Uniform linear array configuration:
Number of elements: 12
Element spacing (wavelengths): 0.75
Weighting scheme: cosine
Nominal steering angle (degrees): -45
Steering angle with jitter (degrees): -43.519
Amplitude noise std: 0.05
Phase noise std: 0.05

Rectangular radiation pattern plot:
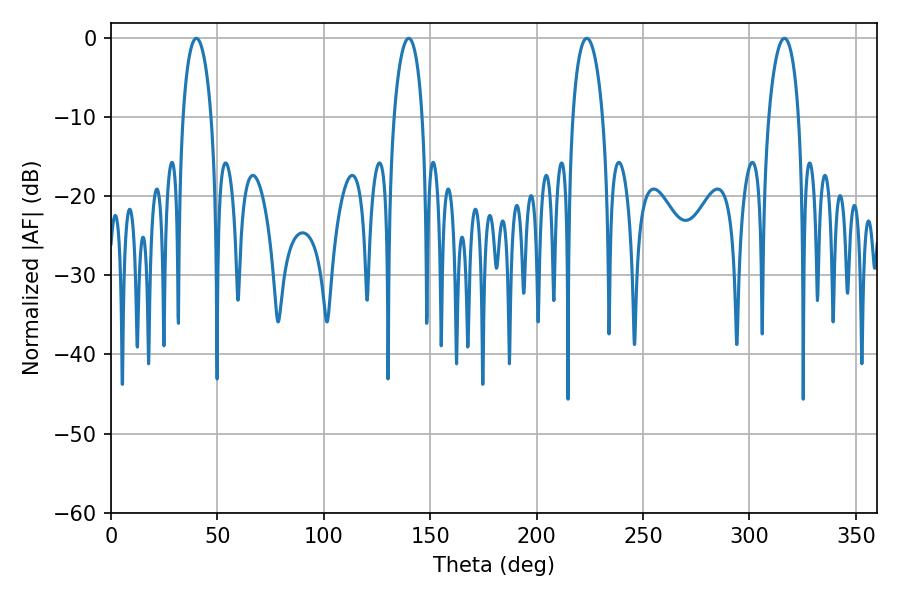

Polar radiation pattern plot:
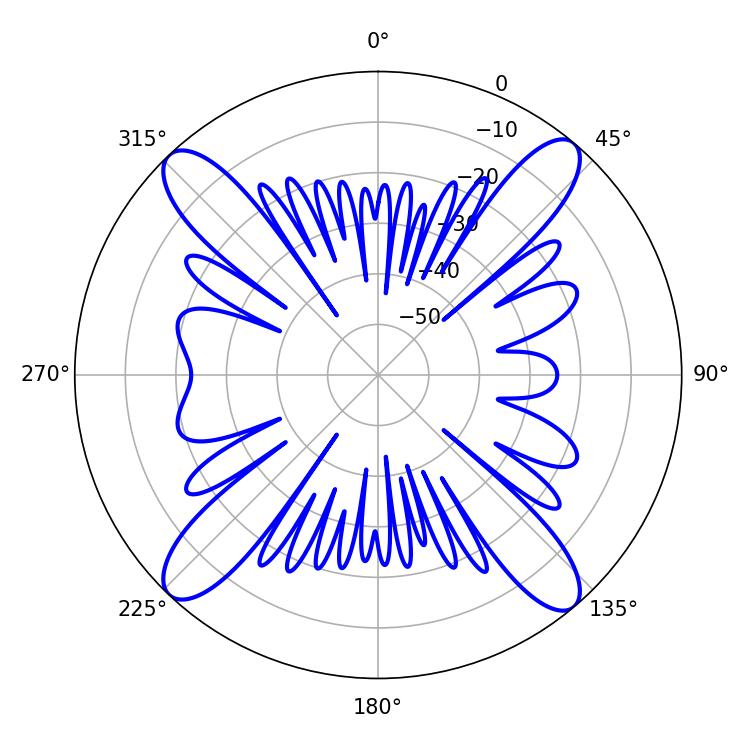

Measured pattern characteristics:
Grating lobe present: TRUE
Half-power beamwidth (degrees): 8.1
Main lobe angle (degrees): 223.56